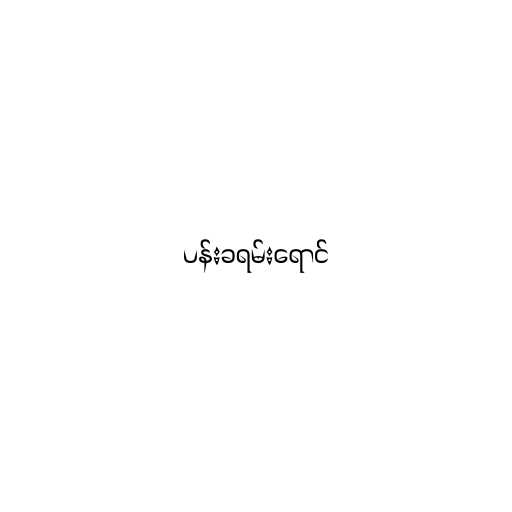
ပန်းခရမ်းရောင်